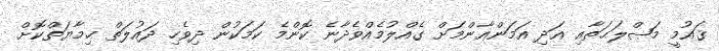
ޤައުމީ މަޞްލަޙަތާއި އަދި އަމަންޢާންމަށް ގެއްލުމެއްވެދާނެ ކޮންމެ ކަމަކުން ދިވެހި ދައުލަތް ޙިމާޔަތްކޮށް